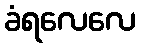
ခံရလေလေ